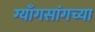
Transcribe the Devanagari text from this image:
ग्याँगसांगच्या